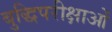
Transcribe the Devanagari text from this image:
बुद्धिपरीक्षाओं